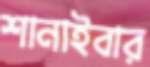
শানাইবার